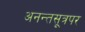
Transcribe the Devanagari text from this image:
अनन्तसूत्रपर